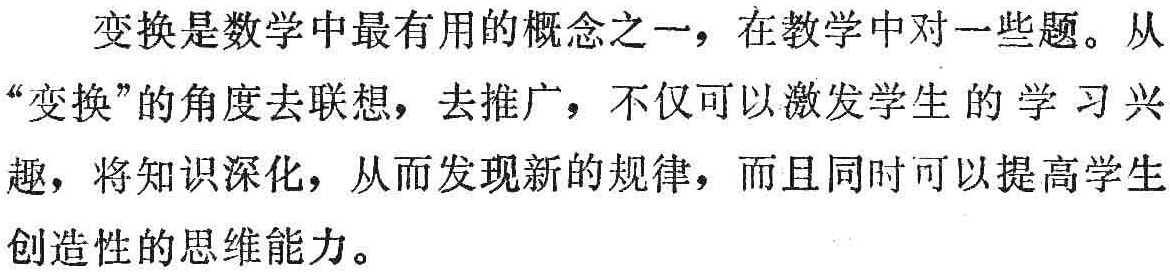
变换是数学中最有用的概念之一，在教学中对一些题。从“变换”的角度去联想，去推广，不仅可以激发学生的学习兴趣，将知识深化，从而发现新的规律，而且同时可以提高学生创造性的思维能力。